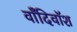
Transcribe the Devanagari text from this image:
वाँदिवॉश